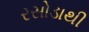
રસોડાથી